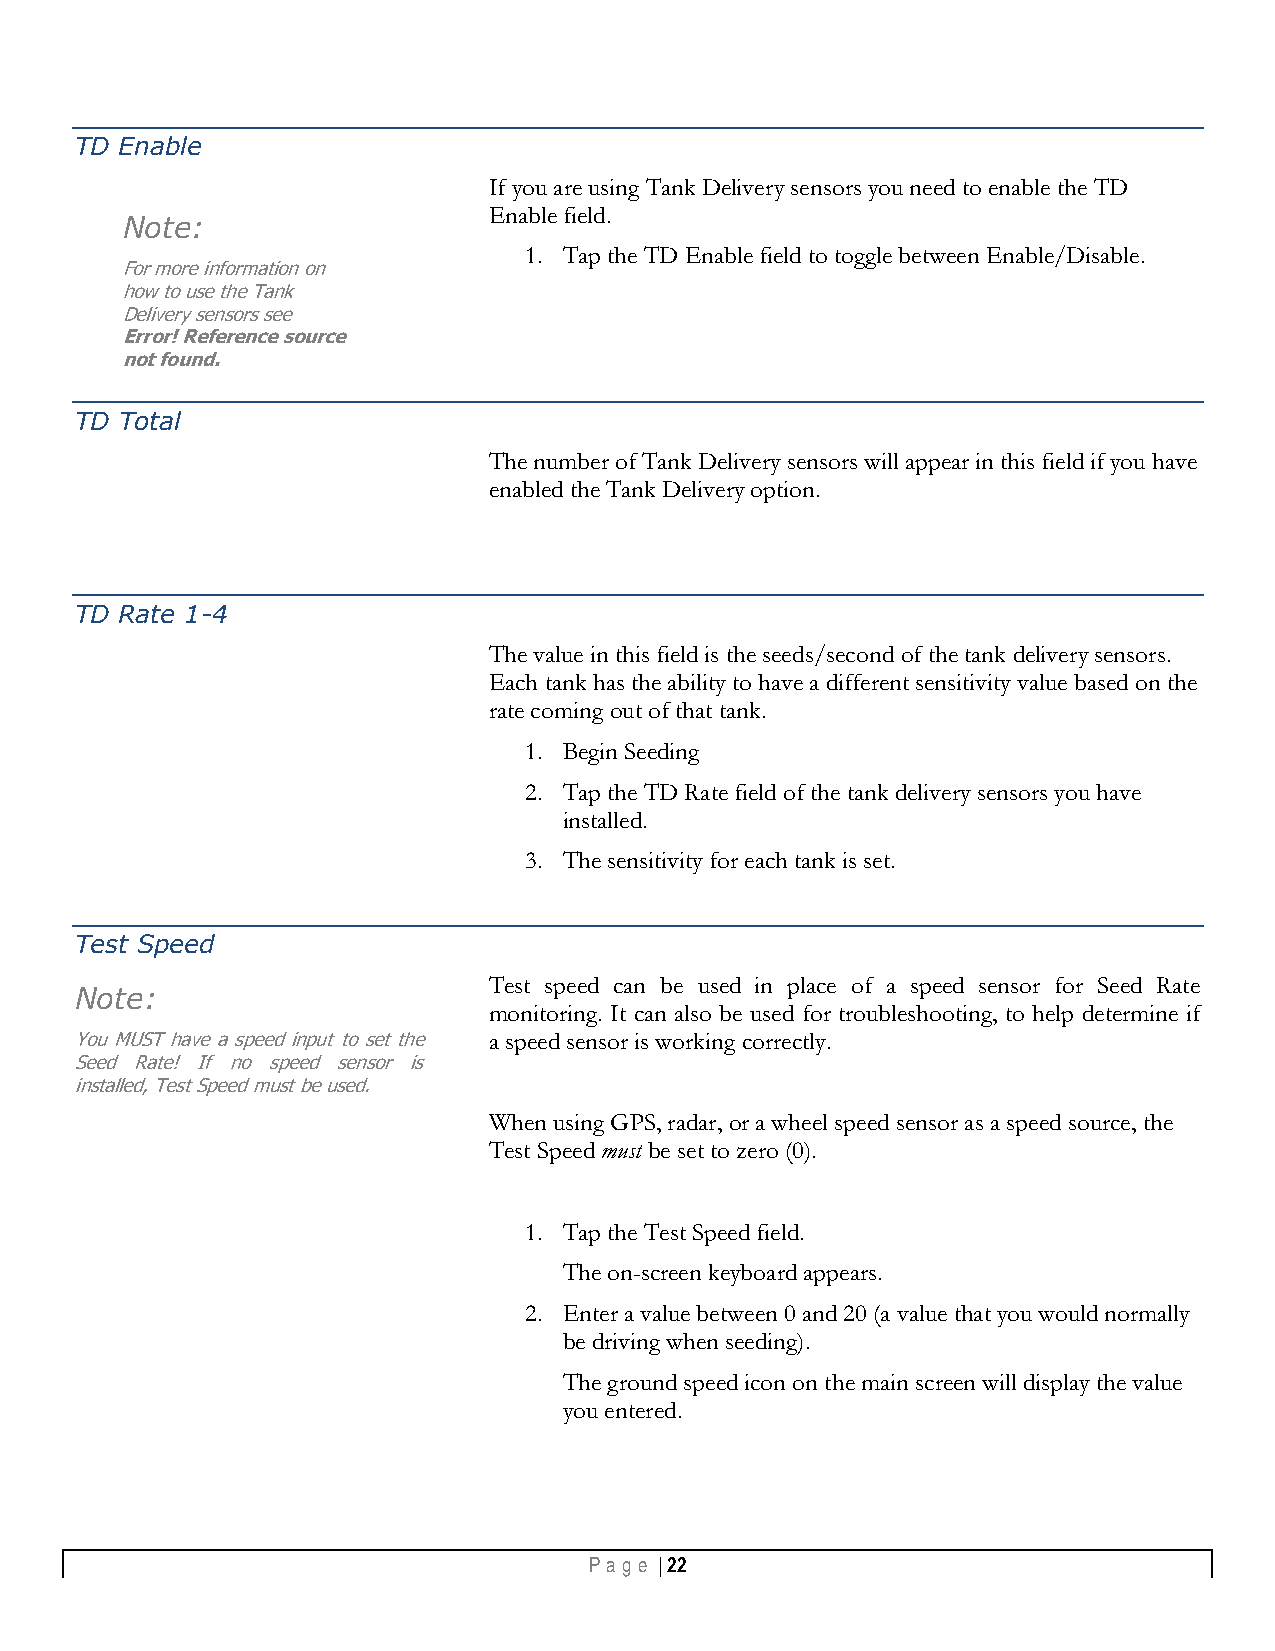
TD Enable
 If you are using Tank Delivery sensors you need to enable the TD
 Enable field.
 Note:
 1. Tap the TD Enable field to toggle between Enable/Disable.
 For more information on
 how to use the Tank
 Delivery sensors see
 Error! Reference source
 not found.
 TD Total
 The number of Tank Delivery sensors will appear in this field if you have
 enabled the Tank Delivery option.
 TD Rate 1-4
 The value in this field is the seeds/second of the tank delivery sensors.
 Each tank has the ability to have a different sensitivity value based on the
 rate coming out of that tank.
 1. Begin Seeding
 2. Tap the TD Rate field of the tank delivery sensors you have
 installed.
 3. The sensitivity for each tank is set.
 Test Speed
 Test speed can be used in place of a speed sensor for Seed Rate
 Note:
 monitoring. It can also be used for troubleshooting, to help determine if
 You MUST have a speed input to set the a speed sensor is working correctly.
 Seed Rate! If no speed sensor is
 installed, Test Speed must be used.
 When using GPS, radar, or a wheel speed sensor as a speed source, the
 Test Speed must be set to zero (0).
 1. Tap the Test Speed field.
 The on-screen keyboard appears.
 2. Enter a value between 0 and 20 (a value that you would normally
 be driving when seeding).
 The ground speed icon on the main screen will display the value
 you entered.
 Pa g e | 22